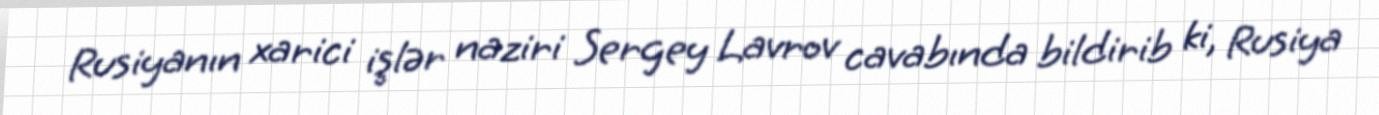
Rusiyanın xarici işlər naziri Sergey Lavrov cavabında bildirib ki, Rusiya